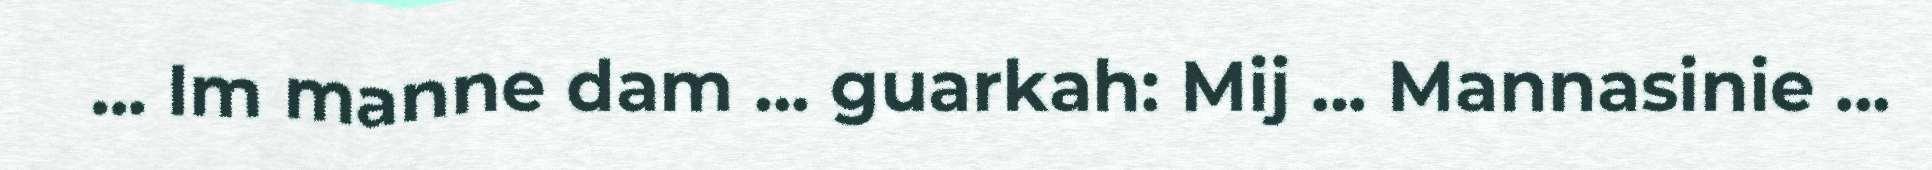
... Im manne dam ... guarkah: Mij ... Mannasinie ...